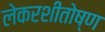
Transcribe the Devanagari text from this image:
लेकरशीतोष्ण